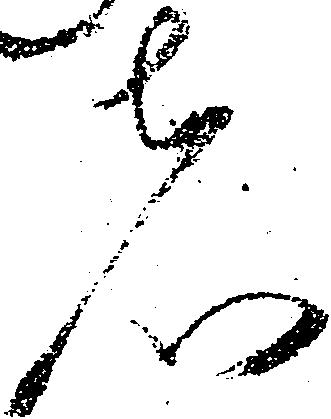
者